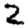
Digit: 2